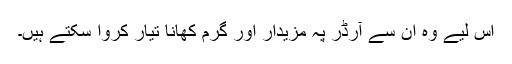
اس لیے وہ ان سے آرڈر پہ مزیدار اور گرم کھانا تیار کروا سکتے ہیں۔